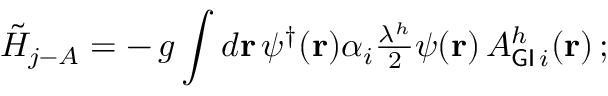
\tilde { H } _ { j - A } = - \, g \int d { \bf r } \, { \psi ^ { \dagger } } ( { \bf r } ) \alpha _ { i } { \textstyle \frac { \lambda ^ { h } } { 2 } } \psi ( { \bf r } ) \, A _ { { \sf G I } \, i } ^ { h } ( { \bf r } ) \, ;